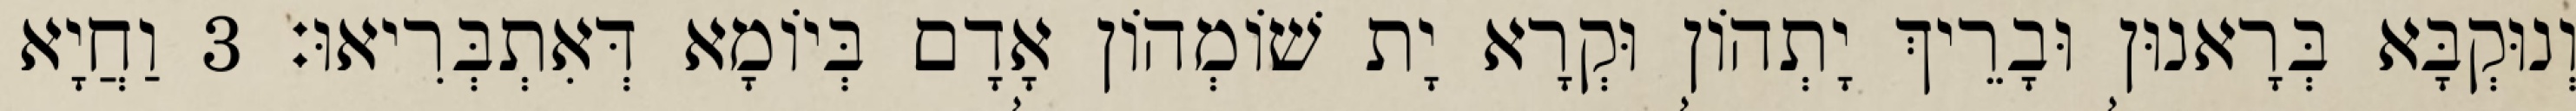
וְנוּקְבָּא בְּרָאנוּן וּבָרֵיךְ יָתְהוֹן וּקְרָא יָת שׁוֹמְהוֹן אָדָם בְּיוֹמָא דְּאִתְבְּרִיאוּ׃ 3 וַחֲיָא